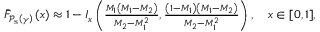
\begin{array} { r } { \bar { F } _ { \mathcal { P } _ { \mathrm { s } } \left( \gamma \right) } \left( x \right) \approx 1 - I _ { x } \left( \frac { M _ { 1 } \left( M _ { 1 } - M _ { 2 } \right) } { M _ { 2 } - M _ { 1 } ^ { 2 } } , \frac { \left( 1 - M _ { 1 } \right) \left( M _ { 1 } - M _ { 2 } \right) } { M _ { 2 } - M _ { 1 } ^ { 2 } } \right) , \quad x \in [ 0 , 1 ] , } \end{array}